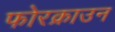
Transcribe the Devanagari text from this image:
फोरक्राउन